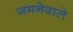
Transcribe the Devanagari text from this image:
जमनेवाले